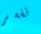
تفسر